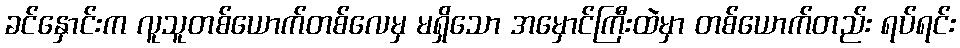
ခင်နှောင်းက လူသူတစ်ယောက်တစ်လေမှ မရှိသော အမှောင်ကြီးထဲမှာ တစ်ယောက်တည်း ရပ်ရင်း